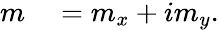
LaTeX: \begin{array}{rl}{m}&{{}=m_{x}+im_{y}.}\end{array}